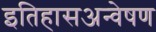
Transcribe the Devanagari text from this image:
इतिहासअन्वेषण